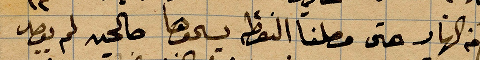
من النهار حتى وصلنا النقطة يسموها صالحيه لم نقصد